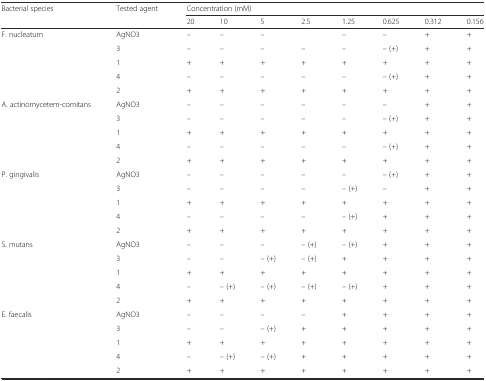
| <ROWSPAN=2> Bacterial species | <ROWSPAN=2> Tested agent | <COLSPAN=8> Concentration (mM) |
 | 20 | 10 | 5 | 2.5 | 1.25 | 0.625 | 0.312 | 0.156 |
 | --- | --- | --- | --- | --- | --- | --- | --- | --- | --- |
 | <ROWSPAN=5> F. nucleatum | AgNO3 | – | – | – |  | – | – | + | + |
 | 3 | – | – | – | – | – | – (+) | + | + |
 | 1 | + | + | + | + | + | + | + | + |
 | 4 | – | – | – | – | – | – (+) | + | + |
 | 2 | + | + | + | + | + | + | + | + |
 | <ROWSPAN=5> A. actinomycetem-comitans | AgNO3 | – | – | – | – | – | – | + | + |
 | 3 | – | – | – | – | – | – (+) | + | + |
 | 1 | + | + | + | + | + | + | + | + |
 | 4 | – | – | – | – | – | – (+) | + | + |
 | 2 | + | + | + | + | + | + | + | + |
 | <ROWSPAN=5> P. gingivalis | AgNO3 | – | – | – | – | – | – (+) | + | + |
 | 3 | – | – | – | – | – (+) | – | + | + |
 | 1 | + | + | + | + | + | + | + | + |
 | 4 | – | – | – | – | – (+) | + | + | + |
 | 2 | + | + | + | + | + | + | + | + |
 | <ROWSPAN=5> S. mutans | AgNO3 | – | – | – | – (+) | – (+) | + | + | + |
 | 3 | – | – | – (+) | – (+) | + | + | + | + |
 | 1 | + | + | + | + | + | + | + | + |
 | 4 | – | – (+) | – (+) | – (+) | – (+) | + | + | + |
 | 2 | + | + | + | + | + | + | + | + |
 | <ROWSPAN=5> E. faecalis | AgNO3 | – | – | – | – | + | + | + | + |
 | 3 | – | – | – (+) | + | + | + | + | + |
 | 1 | + | + | + | + | + | + | + | + |
 | 4 | – | – (+) | – (+) | + | + | + | + | + |
 | 2 | + | + | + | + | + | + | + | + |